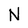
Character: N